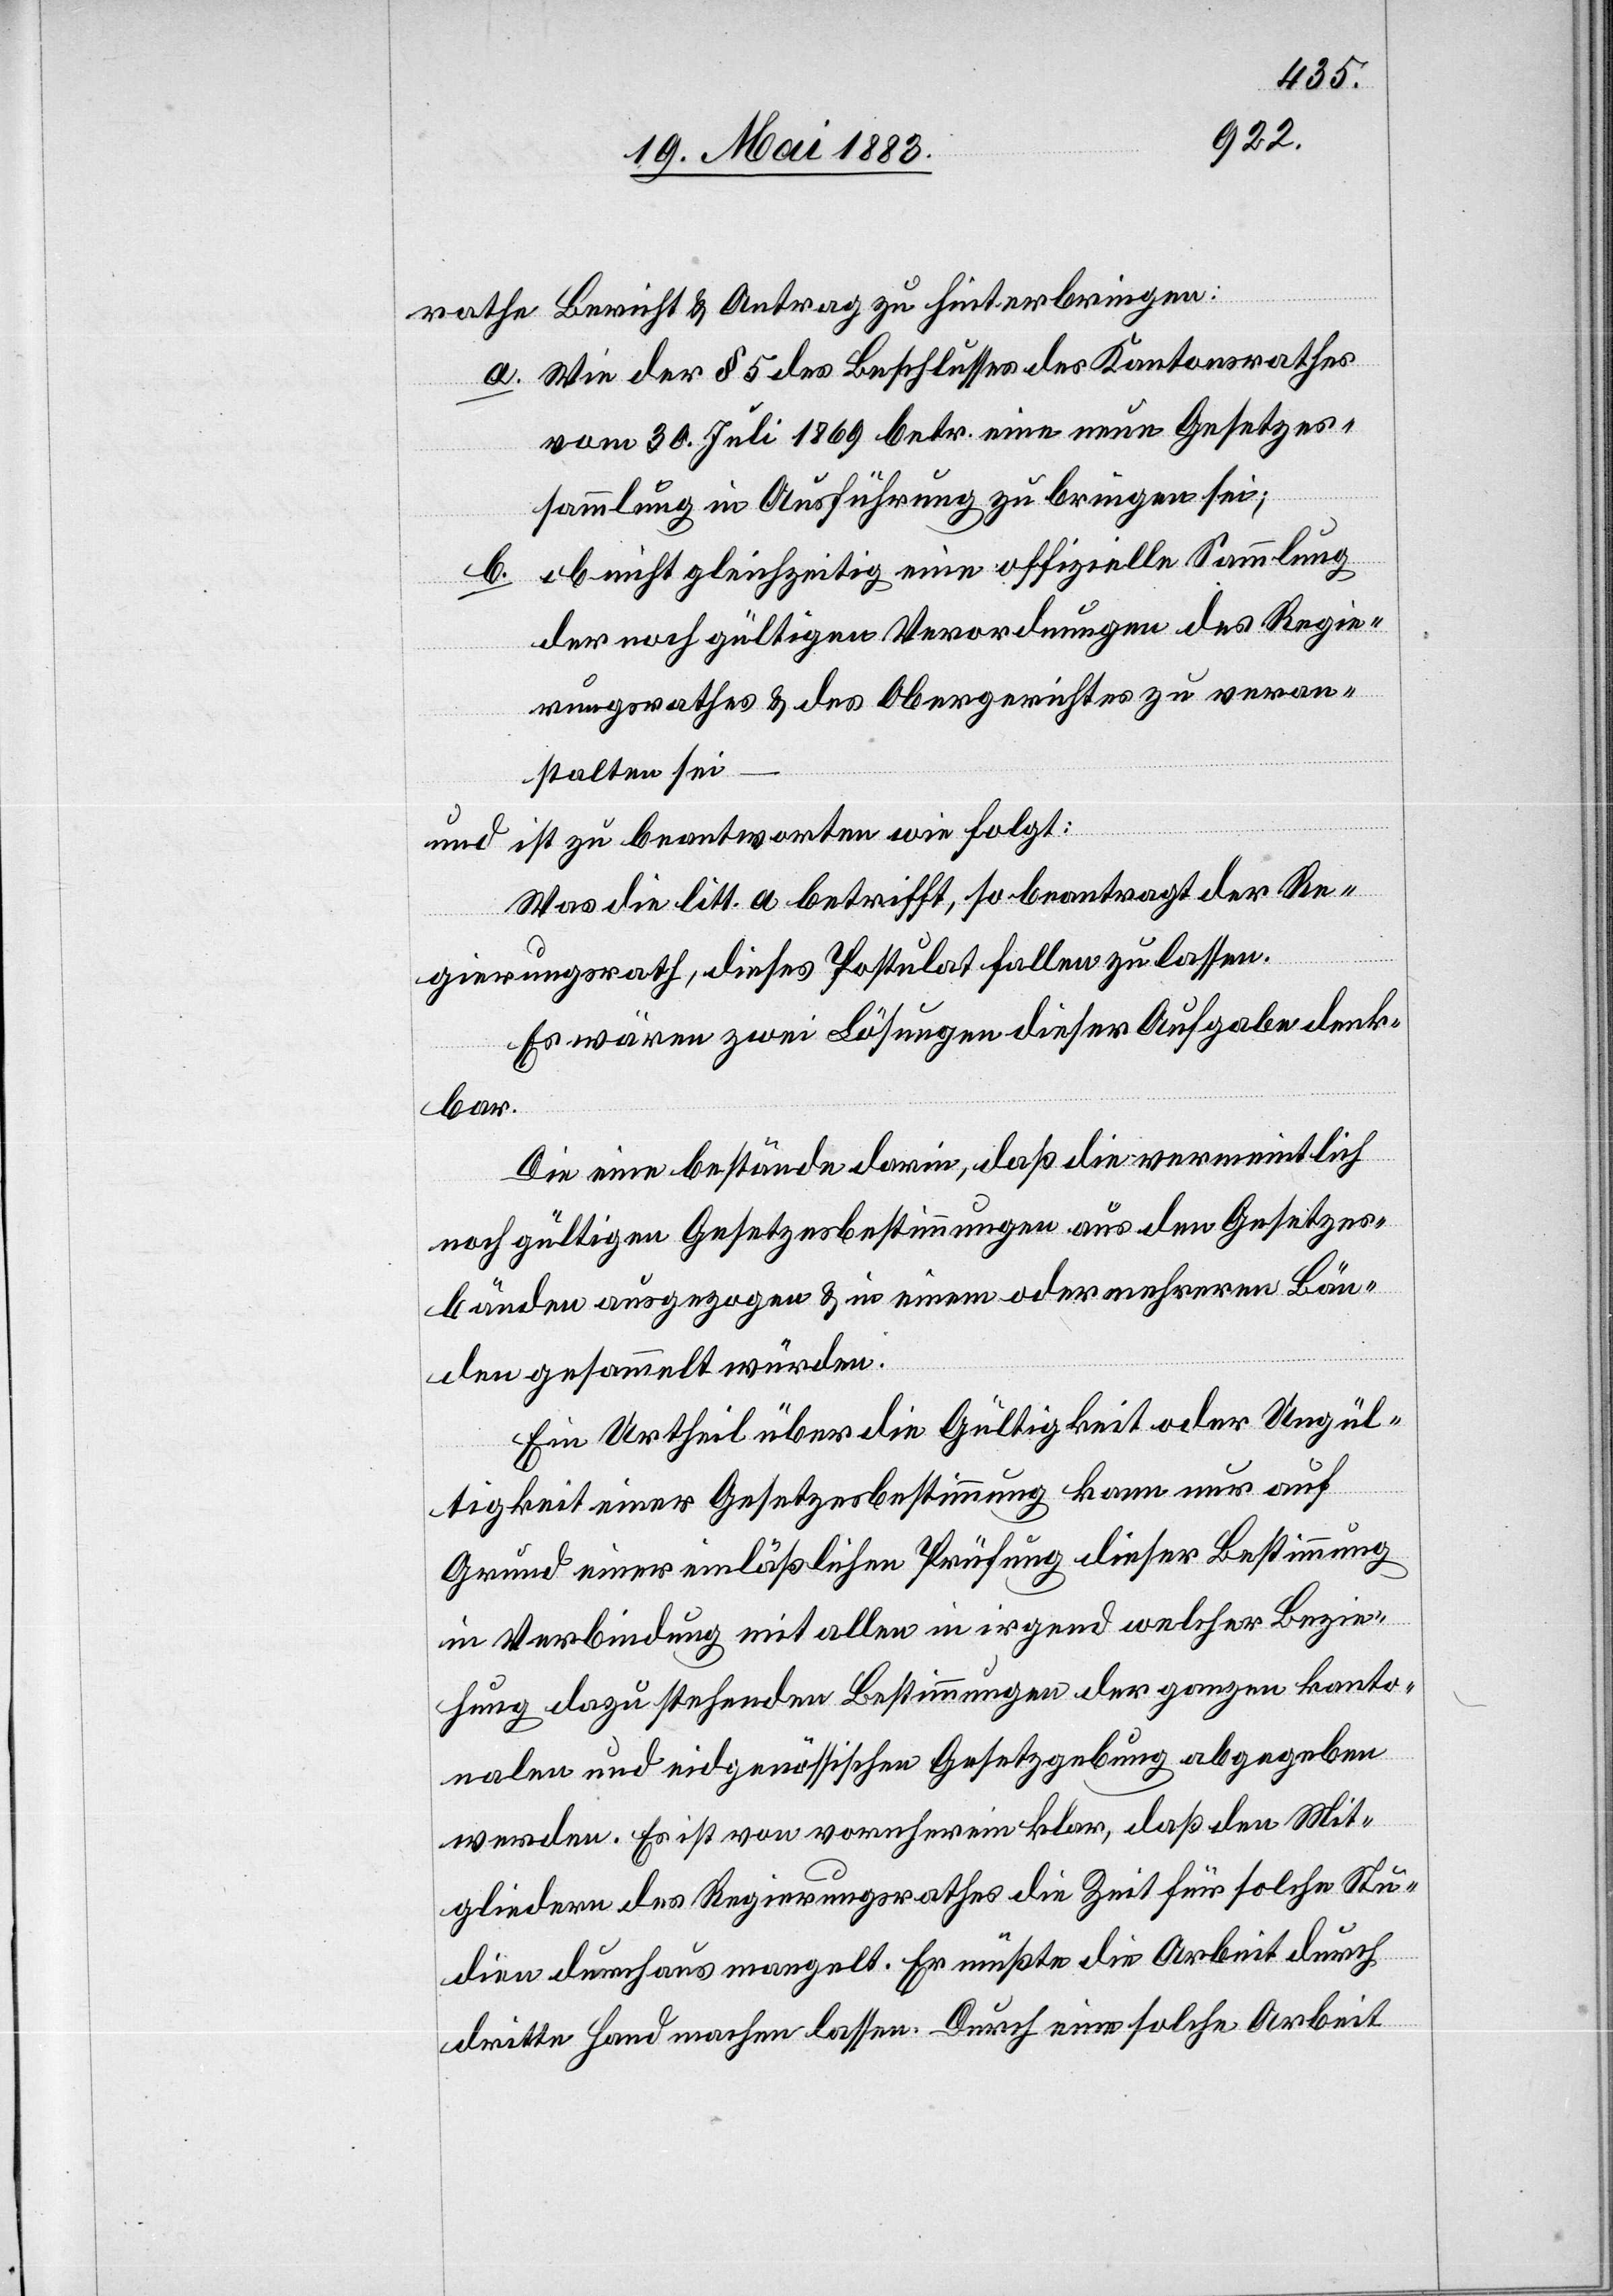
rathe Bericht & Antrag zu hinterbringen:
a. Wie der § 5 des Beschlusses des Kantonsrathes
vom 30. Juli 1869 betr. eine neue Gesetzes¬
sammlung in Ausführung zu bringen sei;
ob nicht gleichzeitig eine offizielle Sammlung
der noch gültigen Verordnungen des Regie¬
rungsrathes & des Obergerichtes zu veran¬
stalten sei
ist zu beantworten wie folgt:
und
Was die litt. a betrifft, so beantragt der Re¬
gierungsrath, dieses Postulat fallen zu lassen.
Es wären zwei Lösungen dieser Aufgabe denk¬
bar.
Die eine Bestände darin, daß die vermeintlich
noch gültigen Gesetzesbestimmungen aus den Gesetzes¬
bänden ausgezogen & in einem oder mehreren Bän¬
den gesammelt würden.
Ein Urtheil über die Gültigkeit oder Ungül¬
tigkeit einer Gesetzesbestimmung kann nur auf
Grund einer einläßlichen Prüfung dieser Bestimmung
in Verbindung mit allen in irgend welcher Bezie¬
hung dazu stehenden Bestimmungen der ganzen kanto¬
nalen und eidgenössischen Gesetzgebung abgegeben
werden. Es ist von vornherein klar, daß den Mit¬
gliedern des Regierungsrathes die Zeit für solche Stu¬
dien durchaus mangelt. Er müßte die Arbeit durch
dritte Hand machen lassen. Durch eine solche Arbeit